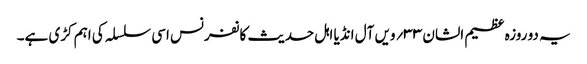
یہ دو روزہ عظیم الشان ۳۳؍ویں آل انڈیا اہل حدیث کانفرنس اسی سلسلہ کی اہم کڑی ہے۔